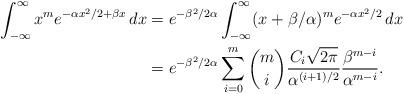
LaTeX: \begin{align*} \int_{-\infty}^\infty x^m e^{-\alpha x^2/2 + \beta x} \, dx &= e^{-\beta^2/2\alpha}\int_{-\infty}^\infty (x + \beta/\alpha)^m e^{-\alpha x^2/2} \, dx \\ &= e^{-\beta^2/2\alpha} \sum_{i = 0}^m \binom{m}{i} \frac{C_i \sqrt{2\pi}}{\alpha^{(i + 1)/2}} \frac{\beta^{m - i}}{\alpha^{m - i}}.\end{align*}